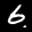
Label: 6